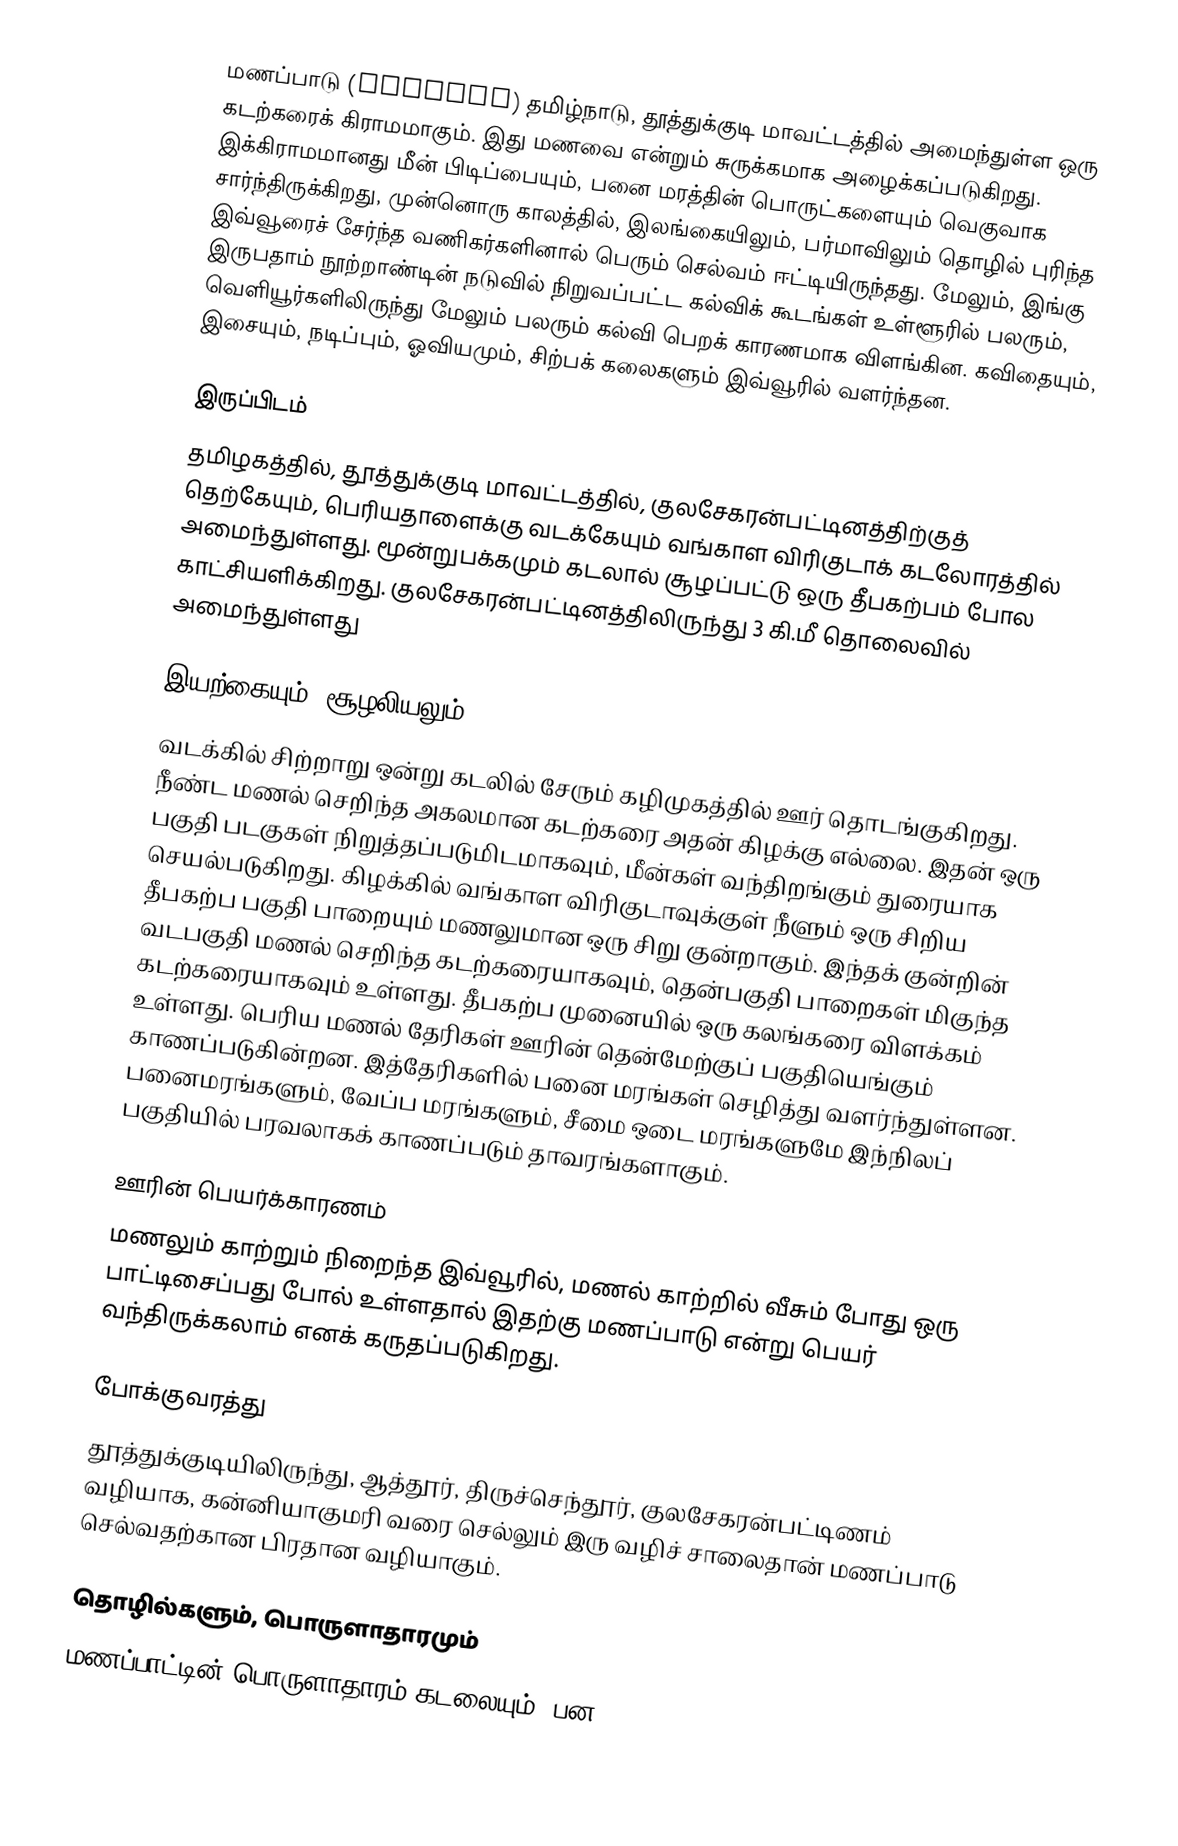
மணப்பாடு (Manapad) தமிழ்நாடு, தூத்துக்குடி மாவட்டத்தில் அமைந்துள்ள ஒரு கடற்கரைக் கிராமமாகும். இது மணவை என்றும் சுருக்கமாக அழைக்கப்படுகிறது. இக்கிராமமானது மீன் பிடிப்பையும், பனை மரத்தின் பொருட்களையும் வெகுவாக சார்ந்திருக்கிறது, முன்னொரு காலத்தில், இலங்கையிலும், பர்மாவிலும் தொழில் புரிந்த இவ்வூரைச் சேர்ந்த வணிகர்களினால் பெரும் செல்வம் ஈட்டியிருந்தது. மேலும், இங்கு இருபதாம் நூற்றாண்டின் நடுவில் நிறுவப்பட்ட கல்விக் கூடங்கள் உள்ளூரில் பலரும், வெளியூர்களிலிருந்து மேலும் பலரும் கல்வி பெறக் காரணமாக விளங்கின. கவிதையும், இசையும், நடிப்பும், ஓவியமும், சிற்பக் கலைகளும் இவ்வூரில் வளர்ந்தன.

இருப்பிடம்
தமிழகத்தில், தூத்துக்குடி மாவட்டத்தில், குலசேகரன்பட்டினத்திற்குத் தெற்கேயும், பெரியதாளைக்கு வடக்கேயும் வங்காள விரிகுடாக் கடலோரத்தில் அமைந்துள்ளது. மூன்றுபக்கமும் கடலால் சூழப்பட்டு ஒரு தீபகற்பம் போல காட்சியளிக்கிறது. குலசேகரன்பட்டினத்திலிருந்து 3 கி.மீ தொலைவில் அமைந்துள்ளது

இயற்கையும், சூழலியலும்
வடக்கில் சிற்றாறு ஒன்று கடலில் சேரும் கழிமுகத்தில் ஊர் தொடங்குகிறது. நீண்ட மணல் செறிந்த அகலமான கடற்கரை அதன் கிழக்கு எல்லை. இதன் ஒரு பகுதி படகுகள் நிறுத்தப்படுமிடமாகவும், மீன்கள் வந்திறங்கும் துரையாக செயல்படுகிறது. கிழக்கில் வங்காள விரிகுடாவுக்குள் நீளும் ஒரு சிறிய தீபகற்ப பகுதி பாறையும் மணலுமான ஒரு சிறு குன்றாகும். இந்தக் குன்றின் வடபகுதி மணல் செறிந்த கடற்கரையாகவும், தென்பகுதி பாறைகள் மிகுந்த கடற்கரையாகவும் உள்ளது. தீபகற்ப முனையில் ஒரு கலங்கரை விளக்கம் உள்ளது. பெரிய மணல் தேரிகள் ஊரின் தென்மேற்குப் பகுதியெங்கும் காணப்படுகின்றன. இத்தேரிகளில் பனை மரங்கள் செழித்து வளர்ந்துள்ளன. பனைமரங்களும், வேப்ப மரங்களும், சீமை ஒடை மரங்களுமே இந்நிலப் பகுதியில் பரவலாகக் காணப்படும் தாவரங்களாகும்.

ஊரின் பெயர்க்காரணம்
மணலும் காற்றும் நிறைந்த இவ்வூரில், மணல் காற்றில் வீசும் போது ஒரு பாட்டிசைப்பது போல் உள்ளதால் இதற்கு மணப்பாடு என்று பெயர் வந்திருக்கலாம் எனக் கருதப்படுகிறது.

போக்குவரத்து
தூத்துக்குடியிலிருந்து, ஆத்தூர், திருச்செந்தூர், குலசேகரன்பட்டிணம் வழியாக, கன்னியாகுமரி வரை செல்லும் இரு வழிச் சாலைதான் மணப்பாடு செல்வதற்கான பிரதான வழியாகும்.

தொழில்களும், பொருளாதாரமும்
மணப்பாட்டின் பொருளாதாரம் கடலையும், பன